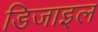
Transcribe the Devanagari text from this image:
डिजाइल